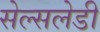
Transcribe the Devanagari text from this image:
सेल्सलेडी